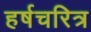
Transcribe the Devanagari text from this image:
हर्षचरित्र